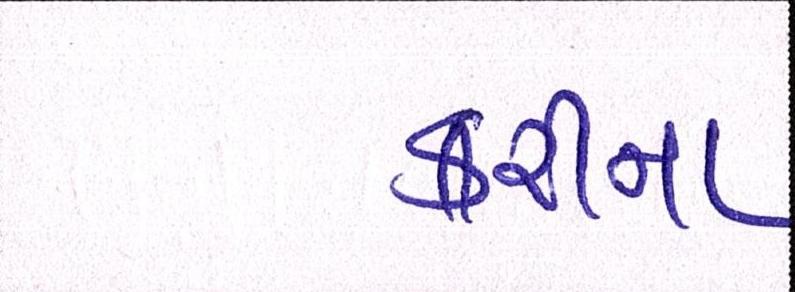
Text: કરીના